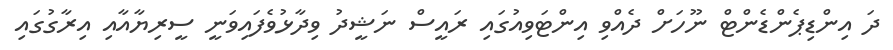
ދަ އިންޑިޕެންޑެންޓް ނޫހަށް ދެއްވި އިންޓަވިއުގައި ރައީސް ނަޝީދު ވިދާޅުވެފައިވަނީ ސީރިޔާއާއި އިރާގުގައި